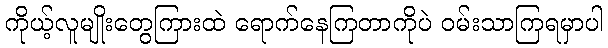
ကိုယ့်လူမျိုးတွေကြားထဲ ရောက်နေကြတာကိုပဲ ဝမ်းသာကြရမှာပါ